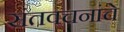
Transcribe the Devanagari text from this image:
संतवचनांचे